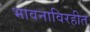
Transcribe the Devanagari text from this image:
भावनाविरहीत